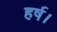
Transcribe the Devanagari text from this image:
हर्ष।